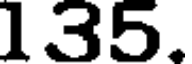
135.